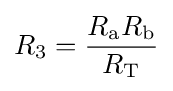
R_{3}={\frac {R_{\text{a}}R_{\text{b}}}{R_{\text{T}}}}